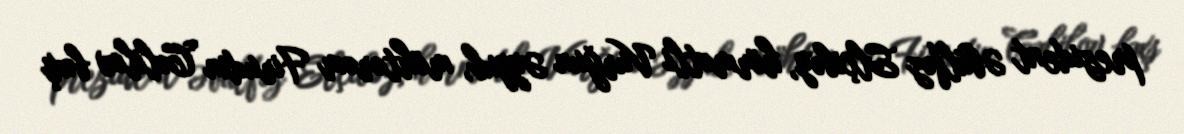
prezident Əbülfəz Elçibəy, hörmətli Vurğun Əyyub, möhtərəm Firudin Cəlilov bəxş